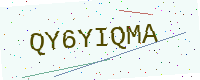
Text: QY6YIQMA